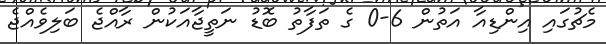
މެޗުގައި އިންޑިއާ އަތުން 6-0 ގެ ތަފާތު ބޮޑު ނަތީޖާއަކުން ރާއްޖެ ބަލިވެއްޖެ